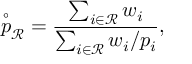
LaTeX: { \overset { \circ } { p } } _ { \mathcal { R } } = { \frac { \sum _ { i \in { \mathcal { R } } } w _ { i } } { \sum _ { i \in { \mathcal { R } } } w _ { i } / p _ { i } } } ,